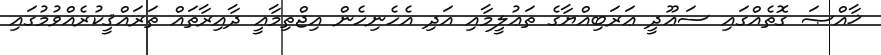
ޚާއްޞަ ގޮތެއްގައި ސަޢޫދީ ޢަރަބިއްޔާގެ ތަޢުލީމާއި އަދި އެހެނިހެން އިޖްތިމާޢީ ދާއިރާތައް ތަރައްޤީކުރެއްވުމުގައި